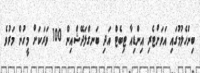
ބިންހެލުމުގައި އަވަށްޓެރި އިންޑިއާ ޓިބެޓް އަދި ބަނގްލަދޭޝްއިން 100 ވަރަކަށް މީހުން މަރުވެ